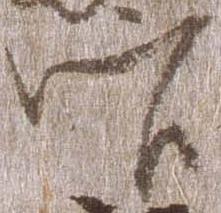
官